Malaria in India - Number 2
Disease focus: Malaria
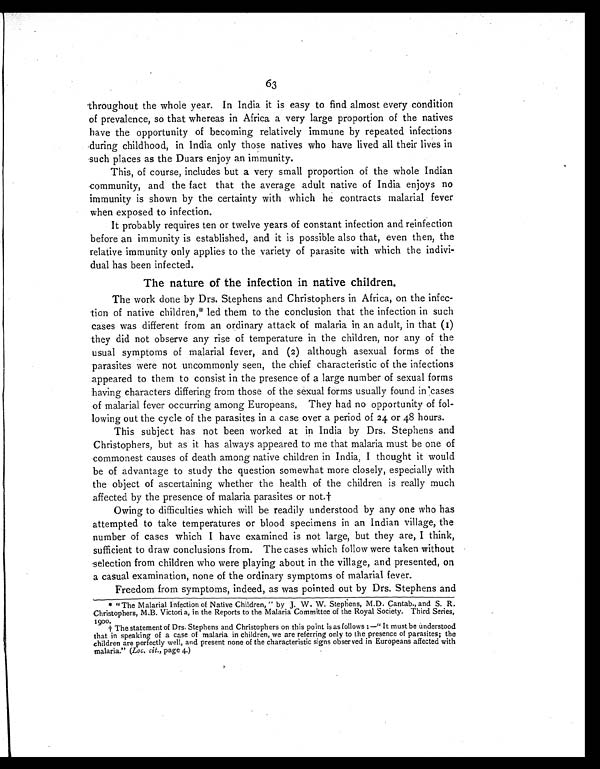
63
throughout the whole year. In India it is easy to find almost every condition
of prevalence, so that whereas in Africa a very large proportion of the natives
have the opportunity of becoming relatively immune by repeated infections
during childhood, in India only those natives who have lived all their lives in
such places as the Duars enjoy an immunity.
This, of course, includes but a very small proportion of the whole Indian
community, and the fact that the average adult native of India enjoys no
immunity is shown by the certainty with which he contracts malarial fever
when exposed to infection.
It probably requires ten or twelve years of constant infection and reinfection
before an immunity is established, and it is possible also that, even then, the
relative immunity only applies to the variety of parasite with which the indivi-
dual has been infected.
The nature of the infection in native children .
The work done by Drs. Stephens and Christophers in Africa, on the infec-
tion of native children,* led them to the conclusion that the infection in such
cases was different from an ordinary attack of malaria in an adult, in that (I)
they did not observe any rise of temperature in the children, nor any of the
usual symptoms of malarial fever, and (2) although asexual forms of the
parasites were not uncommonly seen, the chief characteristic of the infections
appeared to them to consist in the presence of a large number of sexual forms
having characters differing from those of the sexual forms usually found incases
of malarial fever occurring among Europeans. They had no opportunity of fol-
lowing out the cycle of the parasites in a case over a period of 24 or 48 hours.
This subject has not been worked at in India by Drs. Stephens and
Christophers, but as it has always appeared to me that malaria must be one of
commonest causes of death among native children in India, I thought it would
be of advantage to study the question somewhat more closely, especially with
the object of ascertaining whether the health of the children is really much
affected by the presence of malaria parasites or not.†
Owing to difficulties which will be readily understood by any one who has
attempted to take temperatures or blood specimens in an Indian village, the
number of cases which I have examined is not large, but they are, I think,
sufficient to draw conclusions from. The cases which follow were taken without
selection from children who were playing about in the village, and presented, on
a casual examination, none of the ordinary symptoms of malarial fever.
Freedom from symptoms, indeed, as was pointed out by Drs. Stephens and
* "The Malarial Infection of Native Children, " by J. W. W. Stephens, M.D. Cantab., and S. R.
Christophers, M.B. Victoria, in the Reports to the Malaria Committee of the Royal Society. Third Series,
1900.
. † T h e s t a t e m e n t o f D r s . S t e p h e n s a n d C h r i s t o p h e r s o n t h i s p o i n t i s a s f o l l o w s : — “ I t m u s t b e u n d e r s t o o d
that in speaking of a case of malaria in children, we are referring only to the presence of parasites; the
children are perfectly well, and present none of the characteristic signs observed in Europeans affected with
malaria." (Loc. cit., page 4.)